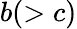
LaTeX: b(>c)